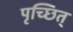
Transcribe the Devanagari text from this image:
पृच्छित्